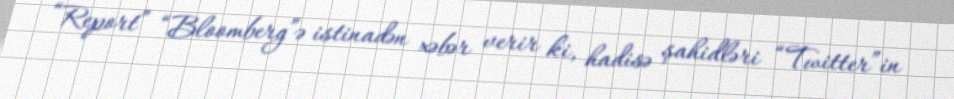
“Report” “Bloomberg”ə istinadən xəbər verir ki, hadisə şahidləri “Twitter”in